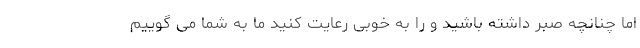
اما چنانچه صبر داشته باشید و را به خوبی رعایت کنید ما به شما می گوییم